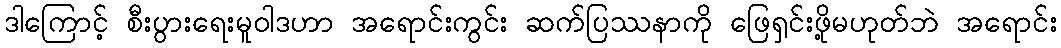
ဒါကြောင့် စီးပွားရေးမူဝါဒဟာ အရောင်းကွင်း ဆက်ပြဿနာကို ဖြေရှင်းဖို့မဟုတ်ဘဲ အရောင်း